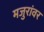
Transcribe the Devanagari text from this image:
मजुरांवर